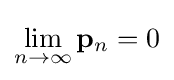
\lim _{n\rightarrow \infty }\mathbf {p} _{n}=0